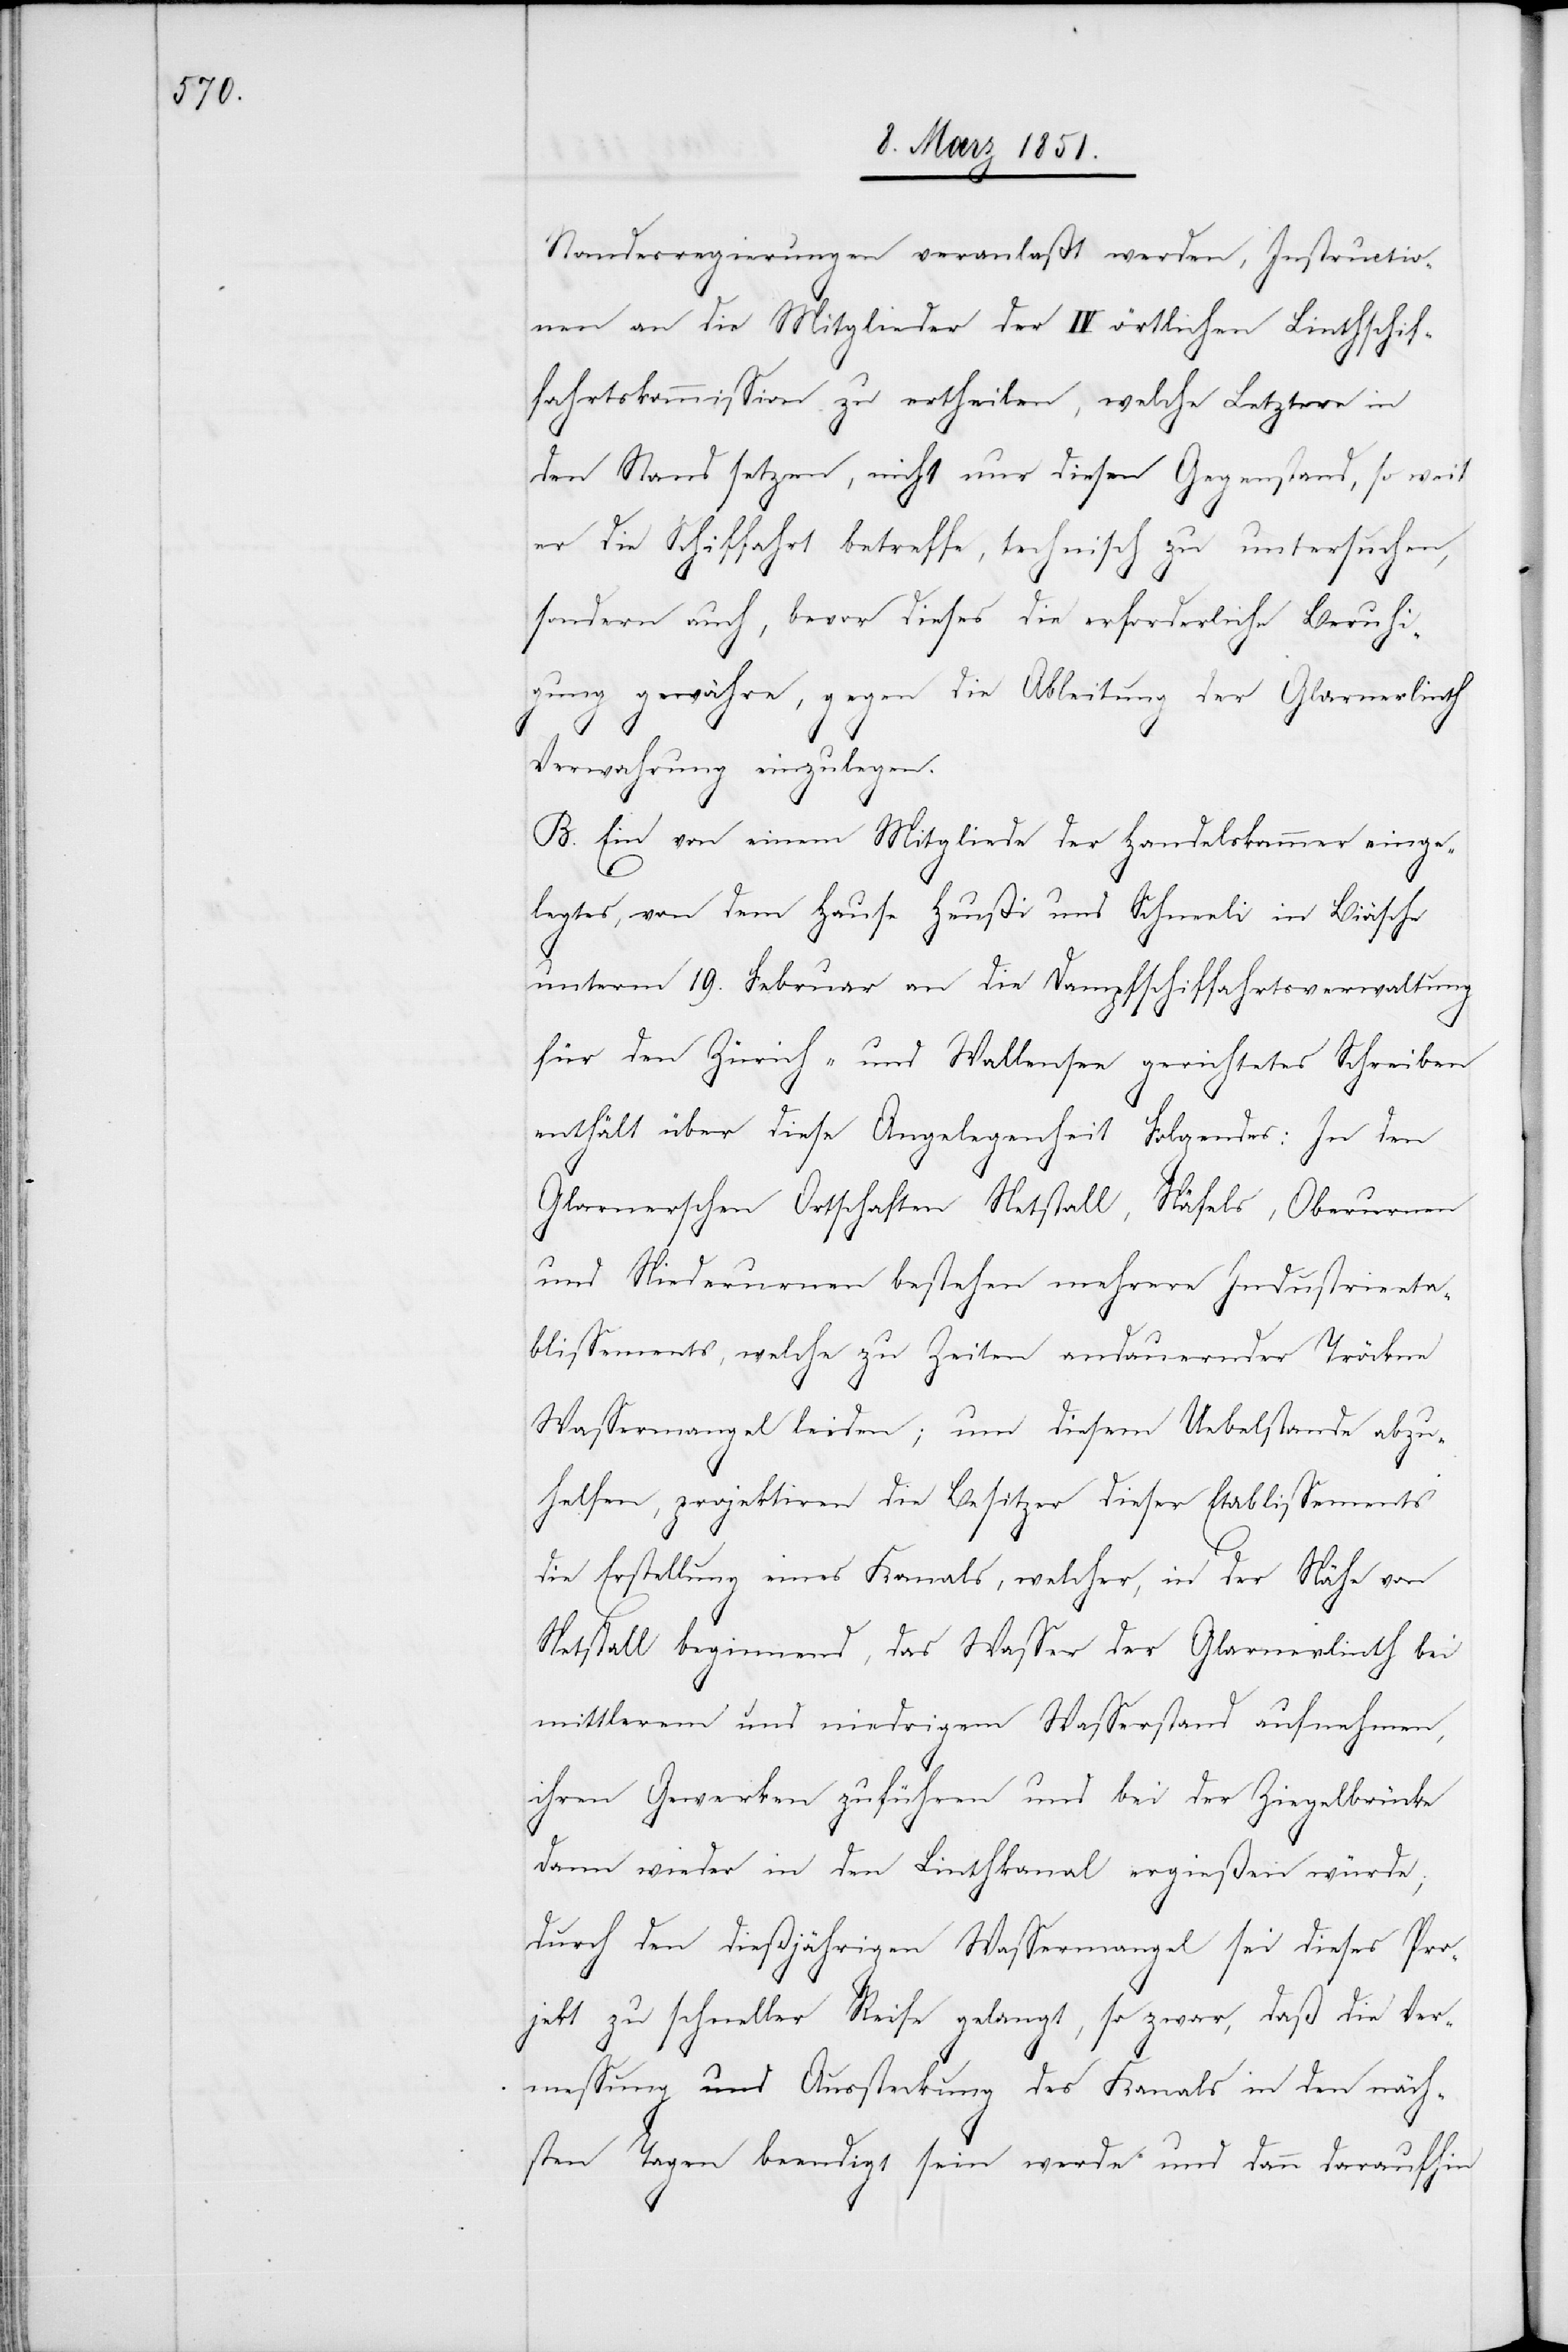
Standesregierungen veranlaßt werden, Instructio¬
nen an die Mitglieder der IV örtlichen Linthschif¬
fahrtskommission zu ertheilen, welche Letztere in
den Stand setzen, nicht nur diesen Gegenstand, so weit
er die Schiffahrt betreffe, technisch zu untersuchen,
sondern auch, bevor dieses die erforderliche Beruhi¬
gung gewähre, gegen die Ableitung der Glarnerlinth
Verwahrung einzulegen.
B. Ein von einem Mitgliede der Handelskammer einge¬
legtes, von dem Hause Heußi und Schneeli in Biäsche
unterm 19. Februar an die Dampfschiffahrtsverwaltung
für den Zürich- und Wallensee gerichtetes Schreiben
enthält über diese Angelegenheit Folgendes: In den
Glarnerschen Ortschaften Netstall, Näfels, Oberurnen
und Niederurnen bestehen mehrere Industrieeta¬
blissements, welche zu Zeiten andauernder Tröckne
Wassermangel leiden; um diesem Uebelstande abzu¬
helfen, projektiren die Besitzer dieser Etablissements
die Erstellung eines Kanals, welcher, in der Nähe von
Netstall beginnend, das Wasser der Glarnerlinth bei
mittlerem und niedrigem Wasserstand aufnehmen,
ihren Gewerken zuführen und bei der Ziegelbrücke
dann wieder in den Linthkanal ergießen würde;
durch den dießjährigen Wassermangel sei dieses Pro¬
jekt zu schneller Reife gelangt, so zwar, daß die Ver¬
messung und Aussteckung des Kanals in den näch¬
sten Tagen beendigt sein werde und dann daraufhin